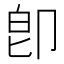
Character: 卽